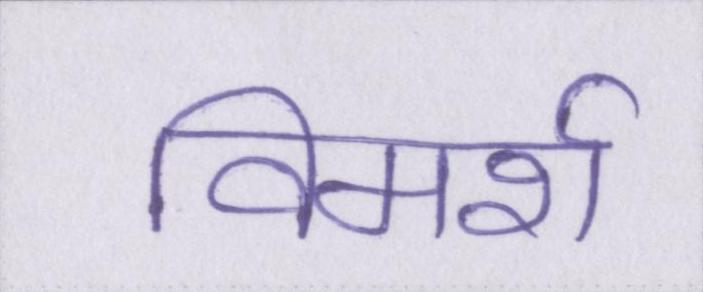
विमर्श